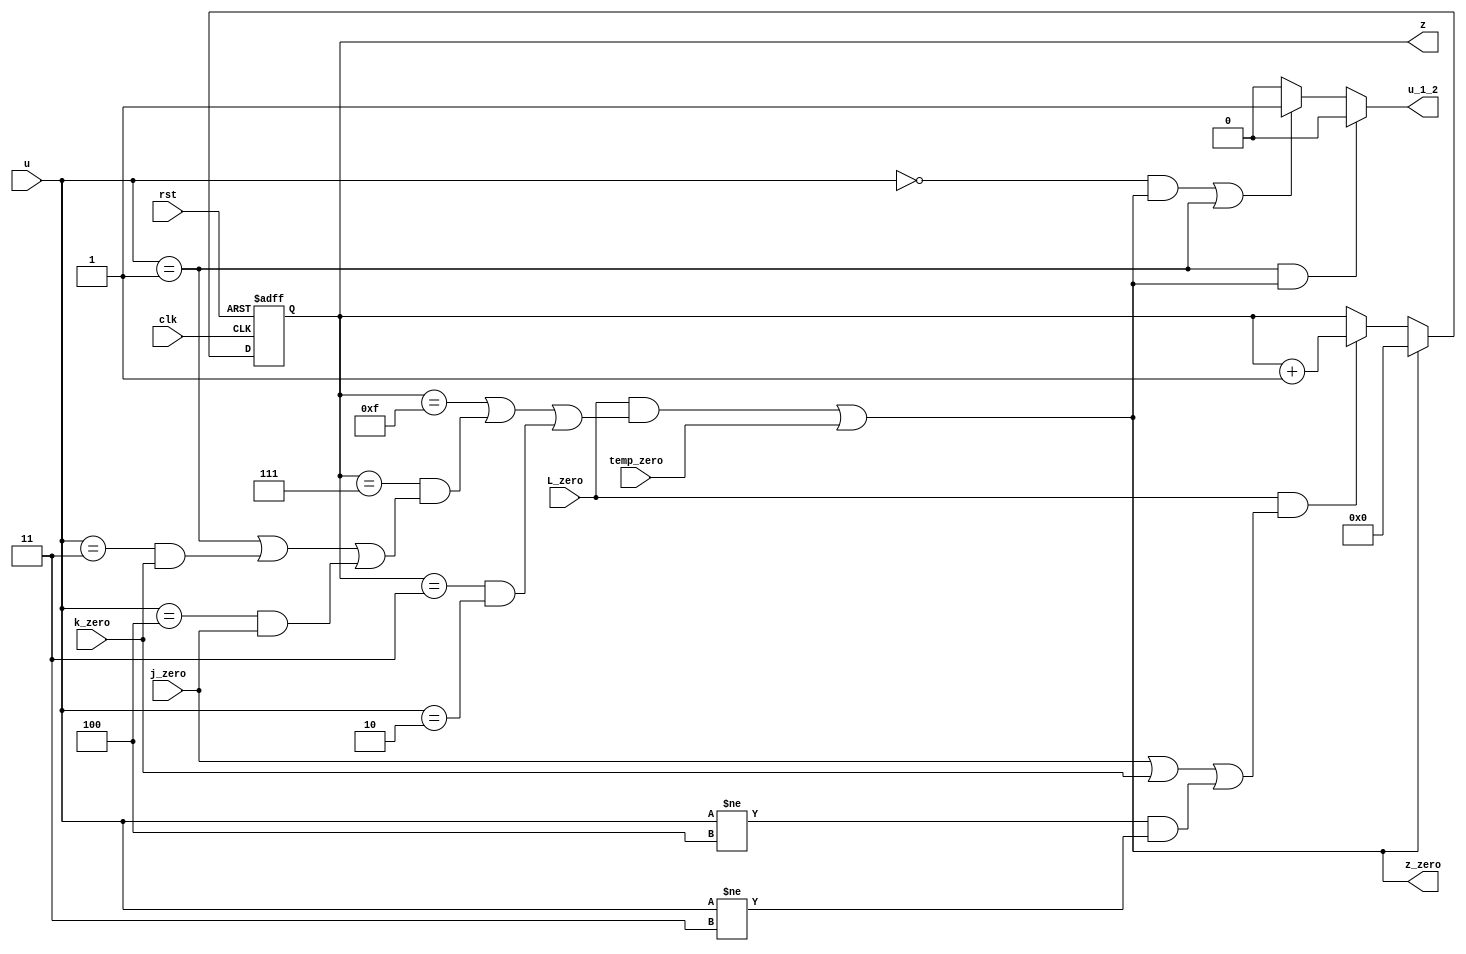
module Z_count_L17(z,z_zero,u,L_zero,j_zero,k_zero,clk,rst,temp_zero,u_1_2);
input L_zero,rst,clk,j_zero,k_zero,temp_zero;
input wire [2:0] u;
output reg  [3:0] z;
output wire z_zero;
output reg u_1_2;
always @ (posedge clk or negedge rst)
	begin
		if (!rst )
			begin z<=0;  end
		else if(((L_zero)&&(z==15||(z==7&&(u==1||(u==3&&k_zero)||(u==4&&j_zero)))||(z==3&&(u==2 ))))||temp_zero)
			z<=0;
		else if((L_zero)&&((j_zero)||(k_zero)||(u!=4&&u!=3)))
			begin z<=z+2'b1;  end
	end
assign z_zero=(((L_zero)&&(z==15||(z==7&&(u==1||(u==3&&k_zero)||(u==4&&j_zero)))||(z==3&&(u==2 ))))||temp_zero);

always @ (*)
	begin
		if (u==1&&z_zero)
			u_1_2=1'b0;
		else if (u==0&&z_zero||u==1)
			u_1_2=1'b1;
		else 	
			u_1_2=1'b0;
	end

endmodule